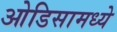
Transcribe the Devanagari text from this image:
ओडिसामध्ये